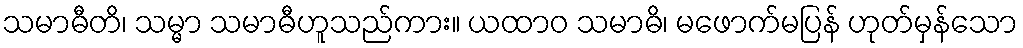
သမာဓီတိ၊ သမ္မာ သမာဓီဟူသည်ကား။ ယထာဝ သမာဓိ၊ မဖောက်မပြန် ဟုတ်မှန်သော